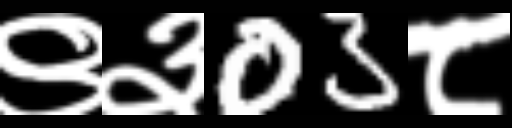
Text: ९३03८